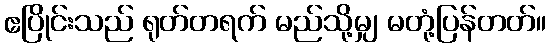
ဧပြိုင်းသည် ရုတ်တရက် မည်သို့မျှ မတုံ့ပြန်တတ်။